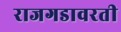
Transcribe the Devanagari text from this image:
राजगडावरती